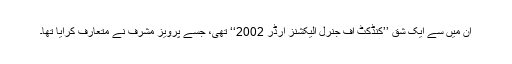
ان میں سے ایک شق ’’کنڈکٹ آف جنرل الیکشنز آرڈر 2002‘‘ تھی، جسے پرویز مشرف نے متعارف کرایا تھا۔